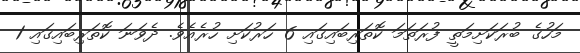
މަހުގެ ބުރަކަށިމަތީ ފުރަތަމަ ކޮތަރިބައިގައި 6 ހަރުކަށި ހުރެއެވެ. ދެވަނަ ކޮތަރިބައިގައި 1